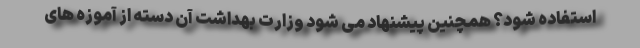
استفاده شود؟ همچنین پیشنهاد می شود وزارت بهداشت آن دسته از آموزه های